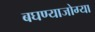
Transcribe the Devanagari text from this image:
बघण्याजोग्या